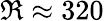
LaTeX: \Re\approx 320